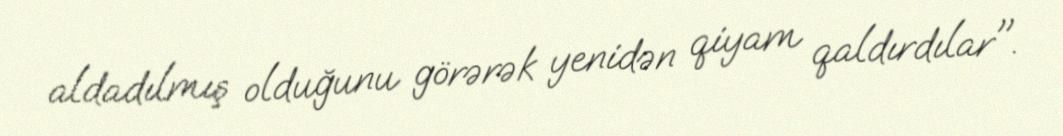
aldadılmış olduğunu görərək yenidən qiyam qaldırdılar".